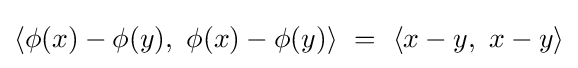
\langle \phi (x)-\phi (y),\ \phi (x)-\phi (y)\rangle \ =\ \langle x-y,\ x-y\rangle